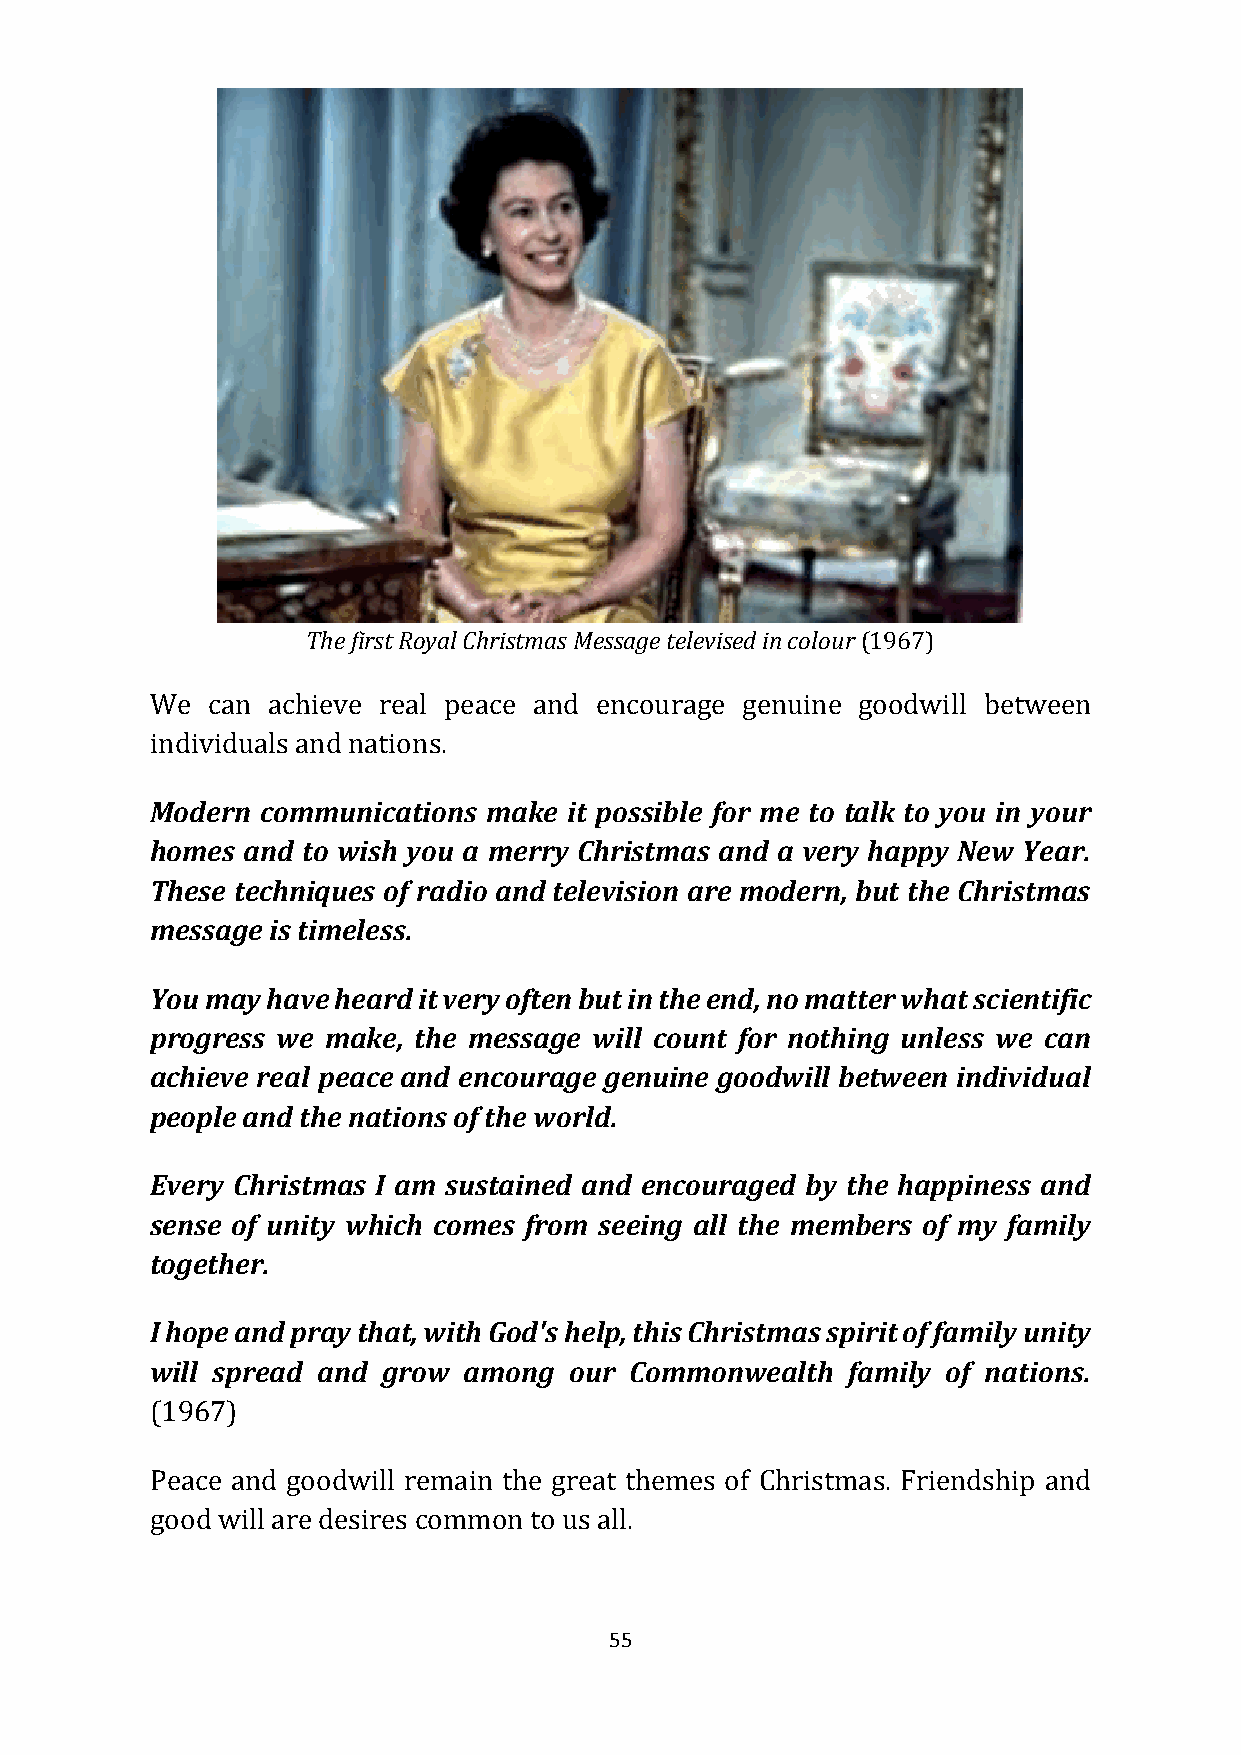
The first Royal Christmas Message televised in colour (1967)
 We  can achieve real peace and encourage genuine goodwill between
 individuals and nations.
 Modern communications make  it possible for me to talk to you in your
 homes and to wish you a merry Christmas and a very happy New Year.
 These techniques of radio and television are modern, but the Christmas
 message is timeless.
 You may have heard it very often but in the end, no matter what scientific
 progress we make, the message will count for nothing unless we can
 achieve real peace and encourage genuine goodwill between individual
 people and the nations of the world.
 Every Christmas I am sustained and encouraged by the happiness and
 sense of unity which comes from seeing all the members of my family
 together.
 I hope and pray that, with God's help, this Christmas spirit of family unity
 will spread and grow among  our Commonwealth  family of nations.
 (1967)
 Peace and goodwill remain the great themes of Christmas. Friendship and
 good will are desires common to us all.
 55